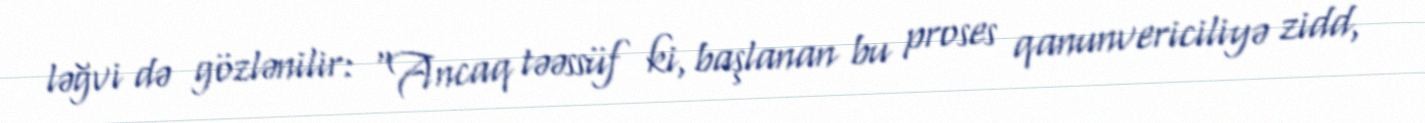
ləğvi də gözlənilir: “Ancaq təəssüf ki, başlanan bu proses qanunvericiliyə zidd,